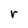
Character: r